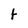
Character: t